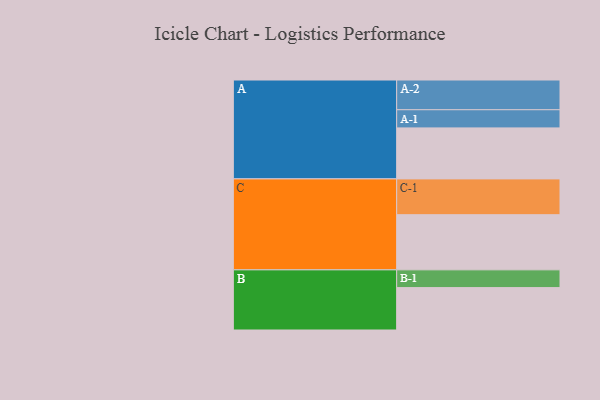
{"axis": {"x": "Segment", "y": "Value"}, "legend": ["", "A", "B", "C"], "data": [{"x": "A", "y": 379, "type": ""}, {"x": "B", "y": 315, "type": ""}, {"x": "C", "y": 410, "type": ""}, {"x": "A-1", "y": 135, "type": "A"}, {"x": "A-2", "y": 221, "type": "A"}, {"x": "B-1", "y": 132, "type": "B"}, {"x": "C-1", "y": 266, "type": "C"}]}